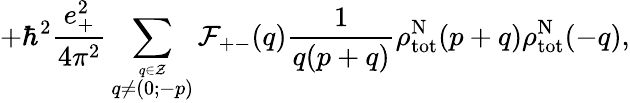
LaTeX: +{\hbar}^{2}\frac{e_{+}^{2}}{4{\pi}^{2}}\sum_{\stackrel{q\in\cal Z}{q\neq(0;-p)}}{\cal F}_{+-}(q)\frac{1}{q(p+q)}{\rho}_{\mathrm{tot}}^{\mathrm{N}}(p+q){\rho}_{\mathrm{tot}}^{\mathrm{N}}(-q),